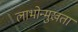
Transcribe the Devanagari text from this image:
लाभोन्मुखता